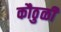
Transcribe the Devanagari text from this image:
कौठुळी